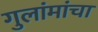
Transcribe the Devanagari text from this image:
गुलांमांचा